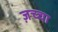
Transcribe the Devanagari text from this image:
ज़च्चा